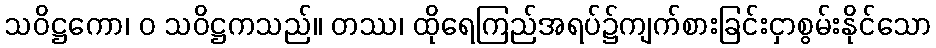
သဝိဋ္ဌကော၊ ဝ သဝိဋ္ဌကသည်။ တဿ၊ ထိုရေကြည်အရပ်၌ကျက်စားခြင်းငှာစွမ်းနိုင်သော